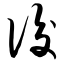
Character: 佼